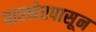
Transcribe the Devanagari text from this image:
पारनेरपासून